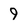
Character: 9